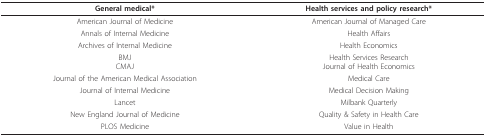
<table><thead><tr><td><b>General medical*</b></td><td><b>Health services and policy research*</b></td></tr></thead><tbody><tr><td>American Journal of Medicine</td><td>American Journal of Managed Care</td></tr><tr><td>Annals of Internal Medicine</td><td>Health Affairs</td></tr><tr><td>Archives of Internal Medicine</td><td>Health Economics</td></tr><tr><td>BMJCMAJ</td><td>Health Services ResearchJournal of Health Economics</td></tr><tr><td>Journal of the American Medical Association</td><td>Medical Care</td></tr><tr><td>Journal of Internal Medicine</td><td>Medical Decision Making</td></tr><tr><td>Lancet</td><td>Milbank Quarterly</td></tr><tr><td>New England Journal of Medicine</td><td>Quality &amp; Safety in Health Care</td></tr><tr><td>PLOS Medicine</td><td>Value in Health</td></tr></tbody></table>